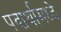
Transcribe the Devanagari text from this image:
पदार्थामध्दे